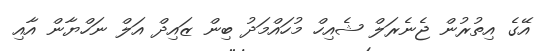
އޭގެ އިތުރުން ޖެނެރަލް ޝެއިހް މުހައްމަދު ބިން ޒައިދް އަލް ނަހްޔާން އާއި